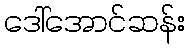
ဒေါ်အောင်ဆန်း